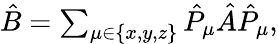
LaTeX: \begin{array}{r}{\hat{B}=\sum_{\mu\in\{ x,y,z\} }\hat{P}_{\mu}\hat{A}\hat{P}_{\mu},}\end{array}